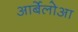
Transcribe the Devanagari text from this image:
आर्बेलोआ